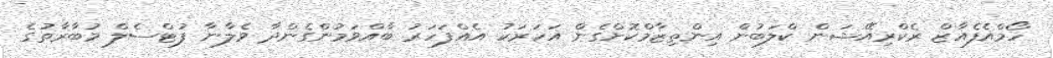
ހޯމްއެފެއާޒް ރެކްރިއޭޝަން ކްލަބުން އިންތިޒާމްކޮށްގެން އަހަރަކު އެއްފަހަރު ބާއްވަމުންގެންދާ ވެލާނާ ފުޓްސެލް މުބާރާތުގެ